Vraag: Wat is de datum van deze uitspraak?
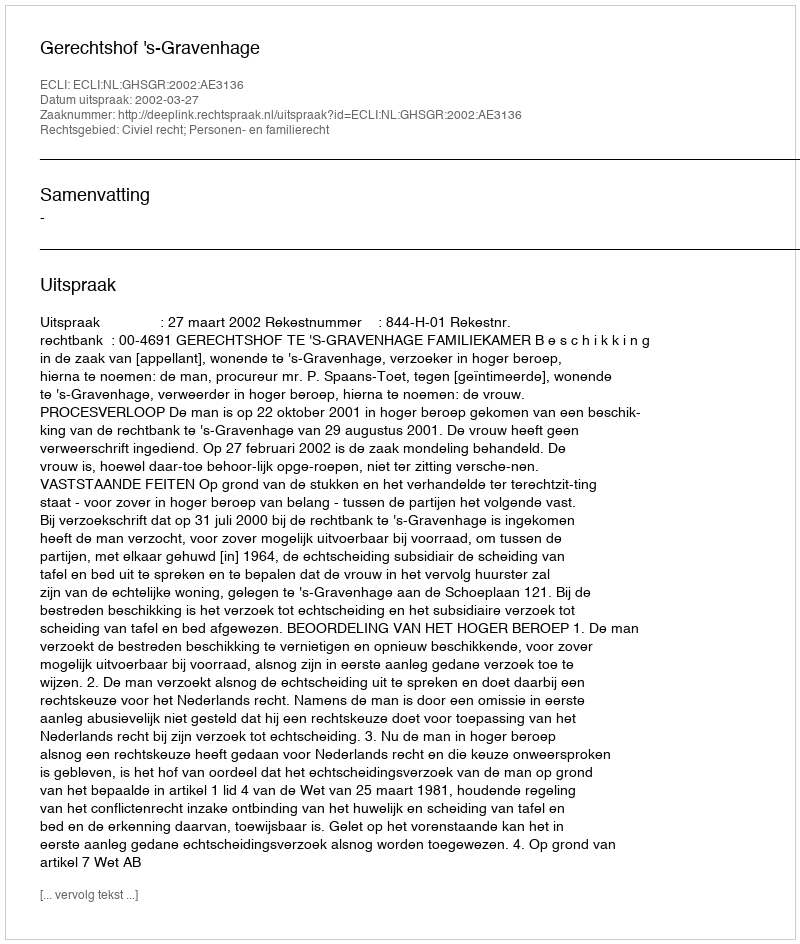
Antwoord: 2002-03-27